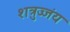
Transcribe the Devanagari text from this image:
शत्रुज्जंय